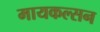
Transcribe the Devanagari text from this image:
मायकल्सन